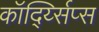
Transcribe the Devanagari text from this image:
कॉर्द्य्सिप्स